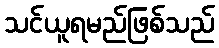
သင်ယူရမည်ဖြစ်သည်